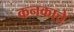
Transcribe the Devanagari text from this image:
कनकाचे